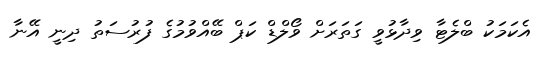
އެކަމަކު ބްލެޓާ ވިދާޅުވީ ގަތަރަށް ވޯލްޑް ކަޕް ބޭއްވުމުގެ ފުރުސަތު ދިނީ އޭނާ